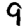
Digit: 9